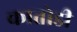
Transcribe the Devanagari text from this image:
कातोडी